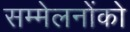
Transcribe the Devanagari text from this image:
सम्मेलनोंको